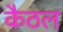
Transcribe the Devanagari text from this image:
कैठल